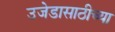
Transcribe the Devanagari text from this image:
उजेडासाठीच्या